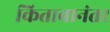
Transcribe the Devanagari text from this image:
किताबानंतर